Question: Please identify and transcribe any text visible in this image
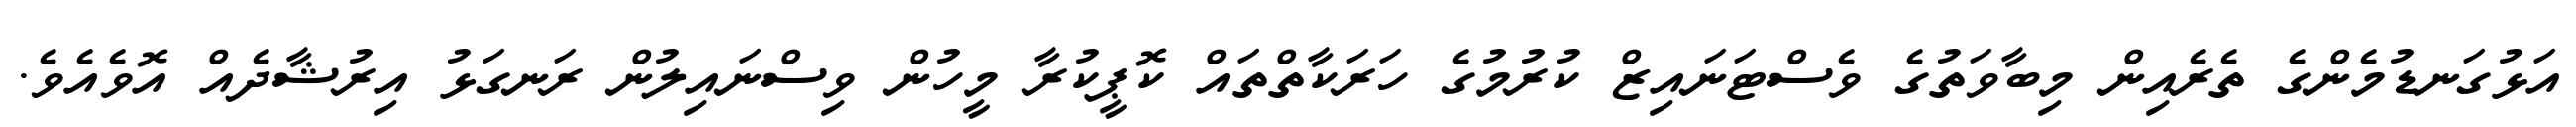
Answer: އަޅުގަނޑުމެންގެ ތެރެއިން މިބާވަތުގެ ވެސްޓަނައިޒް ކުރުމުގެ ހަރަކާތްތައް ކޮޕީކުރާ މީހުން ވިސްނައިލުން ރަނގަޅު އިރުޝާދެއް އޮވެއެވެ.